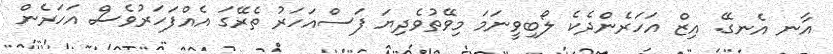
އާނ އެނގޭ. އިޒް އަހަރެންދެކެ ލޯބިވީނަމަ މިވޭތުވެދިޔަ ފަސްއަހަރު ތެރޭގަ އެއްފަހަރުވެސް އަހަރެން